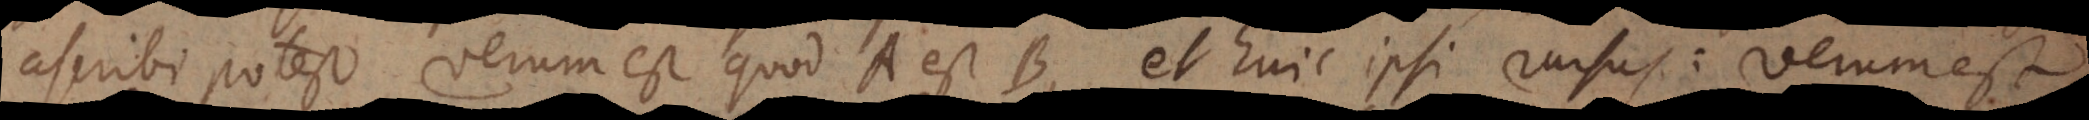
ascribi potest verum est quod A est B, et huic ipsi rursus: verum est